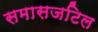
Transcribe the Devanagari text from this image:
समासजटिल